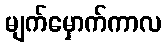
မျက်မှောက်ကာလ